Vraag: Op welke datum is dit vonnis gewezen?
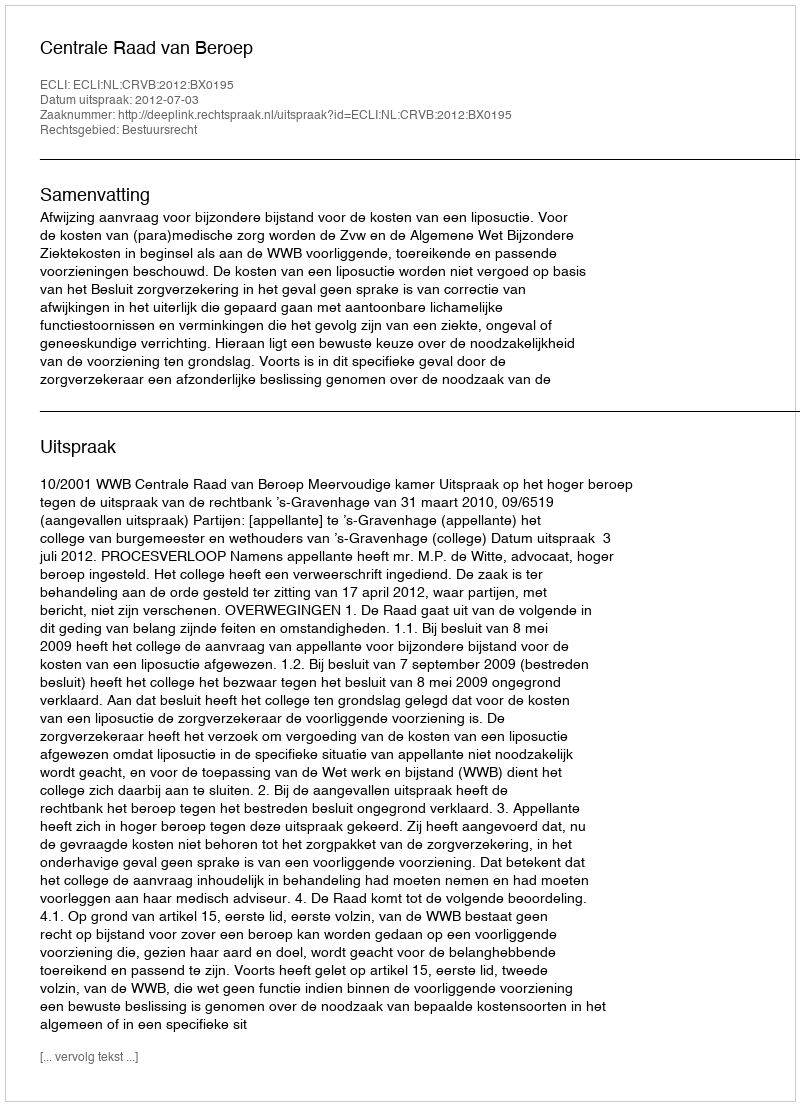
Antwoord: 2012-07-03